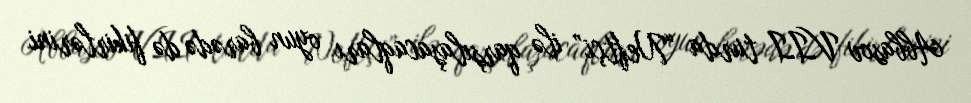
Abbasov VII turda “Neftçi” ilə qarşılaşacaqları oyun barədə də fikirlərini